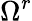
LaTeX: \Omega^{r}